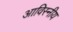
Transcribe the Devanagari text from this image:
आविस्नीय